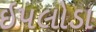
ઇપલોડા